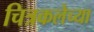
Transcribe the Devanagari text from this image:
चित्रकलेच्‍या